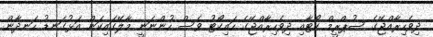
ދިވެހިރާއްޖޭގެ ސުޕްރީމް ކޯޓާއި ދިވެހިރާއްޖޭގެ ހައިކޯޓު ވެސް ހުންނަނީ މާލޭގައިކަން އަޅުގަނޑު ހަނދާން